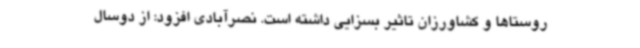
روستاها و کشاورزان تاثیر بسزایی داشته است. نصرآبادی افزود: از دوسال